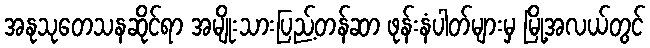
အနုသုတေသနဆိုင်ရာ အမျိုးသားပြည့်တန်ဆာ ဖုန်းနံပါတ်များမှ မြို့အလယ်တွင်